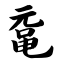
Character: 鼋